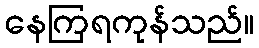
နေကြရကုန်သည်။